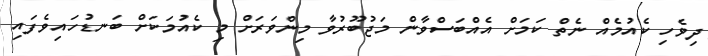
ދިވެހި ކެއުމެއް ނެތް ކަމަށް އެއްބަސްވާން މަޖުބޫރުވާ މިންވަރަށް މި ކެއުމަކަށް ބަނޑުހައިވެފައި